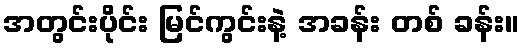
အတွင်းပိုင်း မြင်ကွင်းနဲ့ အခန်း တစ် ခန်း။